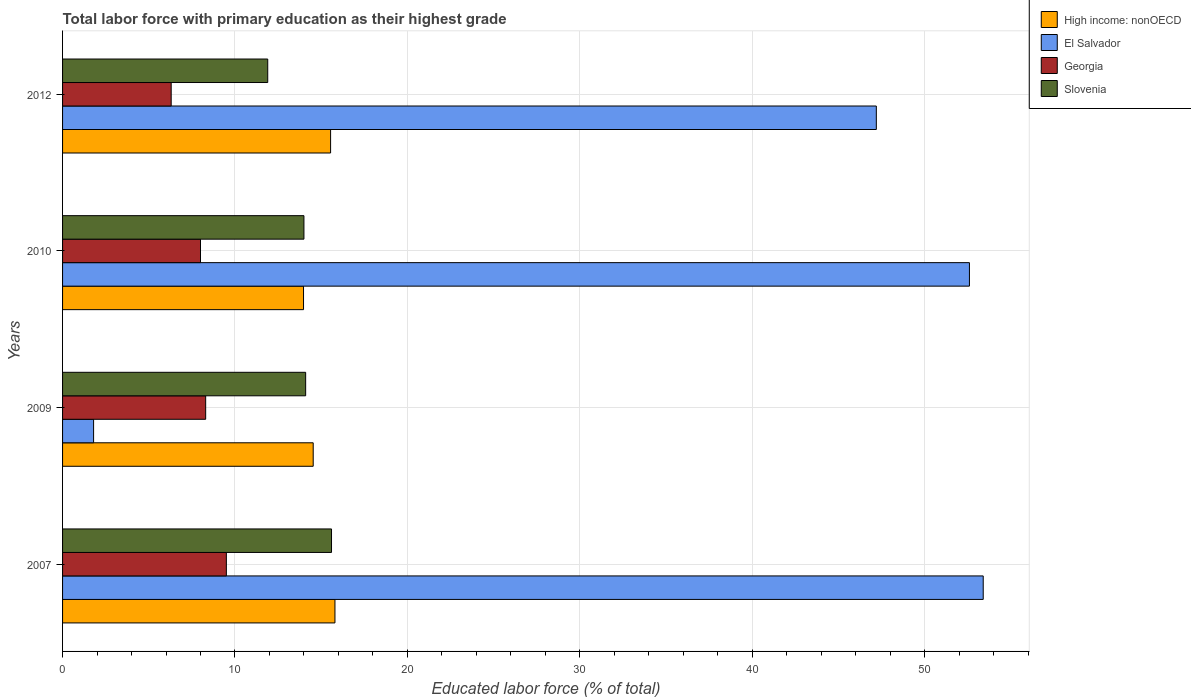
| Years | High income: nonOECD | El Salvador | Georgia | Slovenia |
 | --- | --- | --- | --- | --- |
 | 2007 | 15.8 | 53.4 | 9.5 | 15.6 |
 | 2009 | 14.5 | 1.8 | 8.3 | 14.1 |
 | 2010 | 14 | 52.6 | 8 | 14 |
 | 2012 | 15.5 | 47.2 | 6.3 | 11.9 |